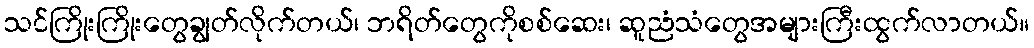
သင်ကြိုးကြိုးတွေချွတ်လိုက်တယ်၊ ဘရိတ်တွေကိုစစ်ဆေး၊ ဆူညံသံတွေအများကြီးထွက်လာတယ်။